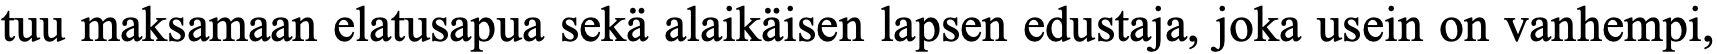
tuu maksamaan elatusapua sekä alaikäisen lapsen edustaja, joka usein on vanhempi,